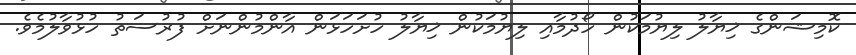
ކޮމިޝަންގެ ޚިޔާލު ލިޔުމަކުން ހޯދުމާއި ލިޔުމަކުން ޚިޔާލު ހުށަހަޅަން އާންމުންނަށް ފުރުސަތު ހުޅުވާލުމެވެ.